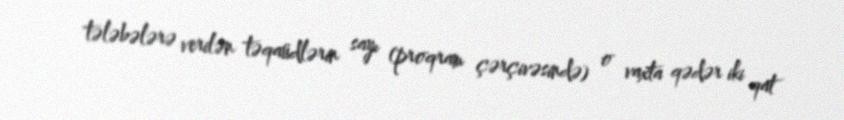
tələbələrə verilən təqaüdlərin sayı (proqram çərçivəsində) o vaxta qədər iki qat